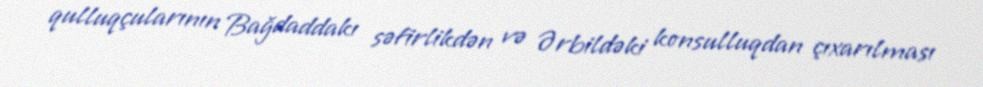
qulluqçularının Bağdaddakı səfirlikdən və Ərbildəki konsulluqdan çıxarılması